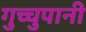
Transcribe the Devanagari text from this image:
गुच्चुपानी